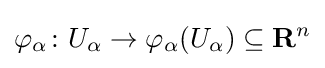
\varphi _{\alpha }\colon U_{\alpha }\to \varphi _{\alpha }(U_{\alpha })\subseteq \mathbf {R} ^{n}